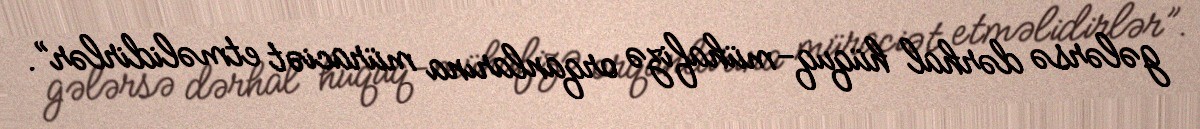
gələrsə dərhal hüquq-mühafizə orqanlarına müraciət etməlidirlər”.